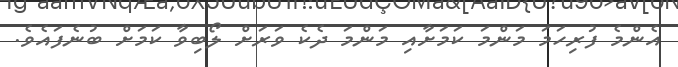
އެންމެ ފުރިހަމަ މަންމަ ކަމަށާއި މަންމަ ދެކެ ވަރަށް ލޯބިވާ ކަމަށް ބުނެފައެވެ.